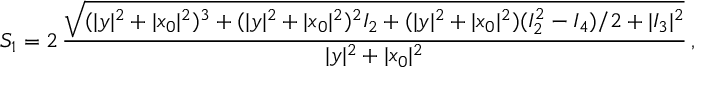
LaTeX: S _ { 1 } = 2 \, \frac { \sqrt { ( | y | ^ { 2 } + | x _ { 0 } | ^ { 2 } ) ^ { 3 } + ( | y | ^ { 2 } + | x _ { 0 } | ^ { 2 } ) ^ { 2 } I _ { 2 } + ( | y | ^ { 2 } + | x _ { 0 } | ^ { 2 } ) ( I _ { 2 } ^ { 2 } - I _ { 4 } ) / 2 + | I _ { 3 } | ^ { 2 } } } { | y | ^ { 2 } + | x _ { 0 } | ^ { 2 } } \, ,